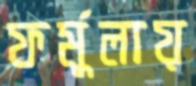
ফর্মুলায়